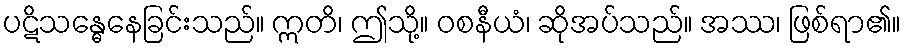
ပဋိသန္ဓေနေခြင်းသည်။ ဣတိ၊ ဤသို့။ ဝစနီယံ၊ ဆိုအပ်သည်။ အဿ၊ ဖြစ်ရာ၏။